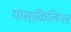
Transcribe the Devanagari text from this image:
पासाकिलिग्ल